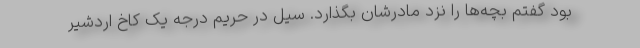
بود گفتم بچه‌ها را نزد مادرشان بگذارد. سیل در حریم درجه یک کاخ اردشیر